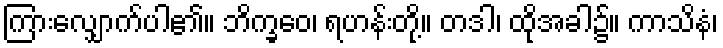
ကြားလျှောက်ပါ၏။ ဘိက္ခဝေ၊ ရဟန်းတို့။ တဒါ၊ ထိုအခါ၌။ ကာသိနံ၊